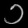
Digit: ၁